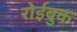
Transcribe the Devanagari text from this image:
रोईबुक